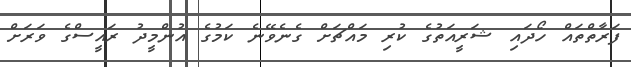
ފަރާތްތައް ހޯދައި ޝަރީއަތުގެ ކުރި މައްޗަށް ގެނެވޭނެ ކަމުގެ އުންމީދު ރައީސްގެ ވަރަށް